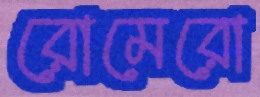
রোমেরো